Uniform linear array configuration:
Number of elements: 48
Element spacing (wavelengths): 1
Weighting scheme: uniform
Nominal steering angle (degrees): -60
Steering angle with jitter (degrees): -61.387
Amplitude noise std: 0.05
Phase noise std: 0.05

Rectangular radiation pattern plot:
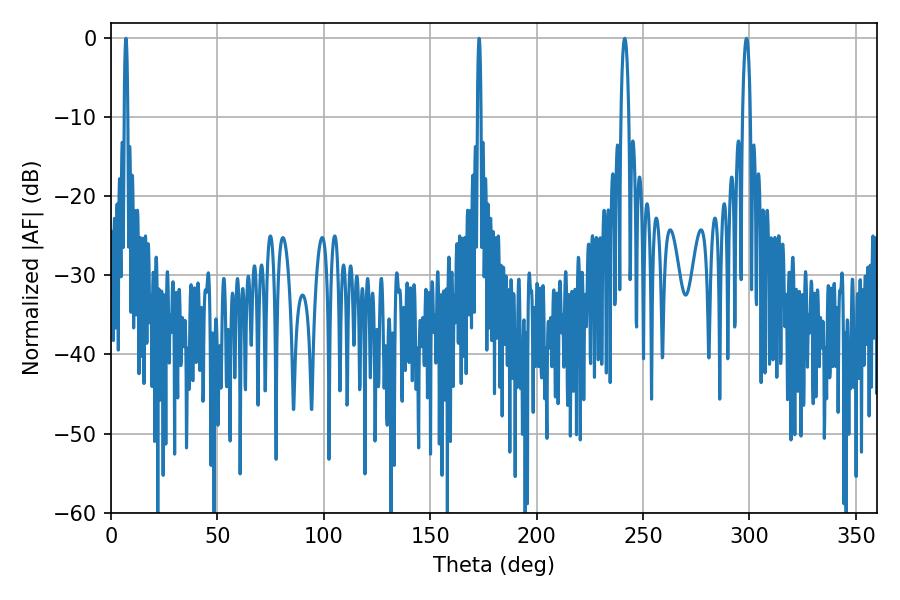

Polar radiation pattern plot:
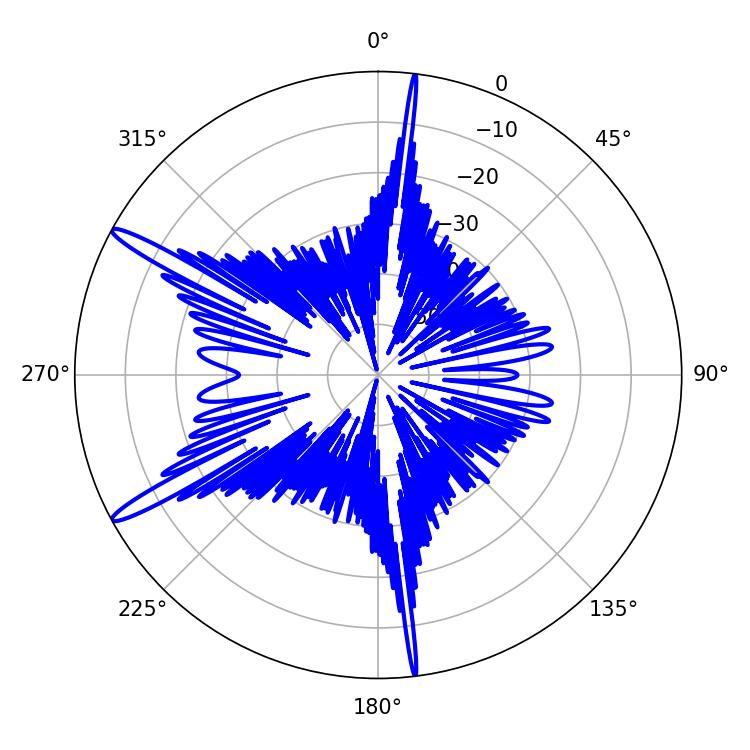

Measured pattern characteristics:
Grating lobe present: TRUE
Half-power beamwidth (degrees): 1.98
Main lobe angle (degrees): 298.62